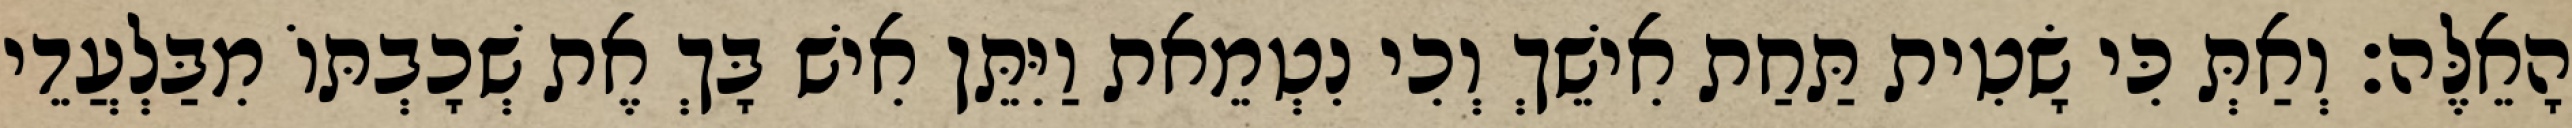
הָאֵלֶּה׃ וְאַתְּ כִּי שָׂטִית תַּחַת אִישֵׁךְ וְכִי נִטְמֵאת וַיִּתֵּן אִישׁ בָּךְ אֶת שְׁכָבְתּוֹ מִבַּלְעֲדֵי